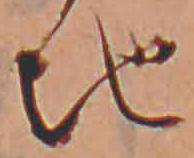
地